Vaccination in Bombay 1902-1912 - 1902-1912
Year: 1902
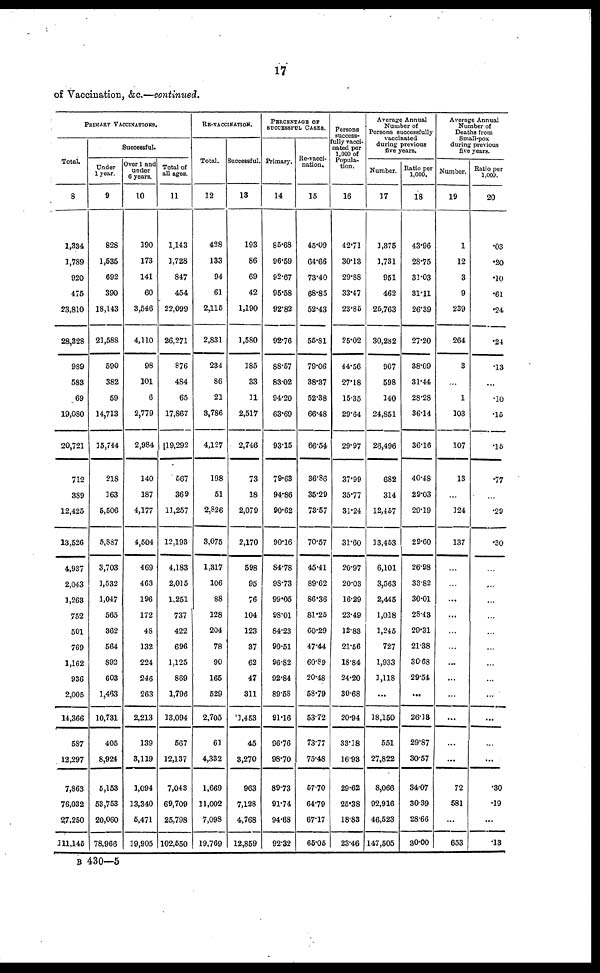
17
of Vaccination, &c.—continued.
PRIMARY VACCINATIONS.
Total.
8
1,334
1,789
920
475
23,810
28,328
989
583
69
19,080
20,721
712
389
12,425
13,526
4,937
2,043
1,263
752
501
769
1,162
936
2,005
14,366
587
12,297
7,863
76,032
27,250
111,145
Successful.
Under
1 year.
9
828
1,535
692
390
18,143
21,588
590
382
59
14,713
15,744
218
163
5,506
5,887
3,703
1,532
1,047
565
362
564
892
603
1,463
10,731
405
8,924
5,153
53,753
20,060
78,966
Over 1 and
under
6 years.
10
190
173
141
60
3,546
4,110
98
101
6
2,779
2,984
140
187
4,177
4,504
469
463
196
172
48
132
224
246
263
2,213
139
3,119
1,094
13,340
5,471
19,905
Total of
all ages.
11
1,143
1,728
847
454
22,099
26,271
876
484
65
17,867
19,292
567
369
11,257
12,193
4,183
2,015
1,251
737
422
696
1,125
869
1,796
13,094
567
12,137
7,043
69,709
25,798
102,550
RE-VACCINATION.
Total.
12
428
133
94
61
2,115
2,831
234
86
21
3,786
4,127
198
51
2,826
3,075
1,317
106
88
128
204
78
90
165
529
2,705
61
4,332
1,669
11,002
7,098
19,769
Successful.
13
193
86
69
42
1,190
1,580
185
33
11
2,517
2,746
73
18
2,079
2,170
598
95
76
104
123
37
62
47
311
1,453
45
3,270
963
7,128
4,768
12,859
PERCENTAGE OF
SUCCESSFUL CASES.
Primary.
14
85.68
96.59
92.67
95.58
92.82
92.76
88.57
83.02
94.20
63.69
93.15
79.63
94.86
90.62
90.16
84.78
98.73
99.05
98.01
84.23
90.51
96.82
92.84
89.58
91.16
96.76
98.70
89.73
91.74
94.68
92.32
Re-vacci¬
nation.
15
45.09
64.66
73.40
68.85
52.43
56.81
79.06
38.37
52.38
66.48
66.54
36.86
35.29
73.57
70.57
45.41
89.62
86.36
81.25
60.29
47.44
60.89
20.48
58.79
53.72
73.77
75.48
57.70
64.79
67.17
65.05
Persons
success-
fully vacci-
nated per
1,000 of
Popula-
tion.
16
42.71
30.13
29.88
33.47
23.85
25.02
44.56
27.18
15.35
29.64
29.97
37.99
35.77
31.24
31.60
20.97
20.03
16.29
23.49
12.83
21.56
18.84
24.20
30.68
20.94
33.18
16.98
29.62
25.38
18.83
23.46
Average Annual
Number of
Persons successfully
vaccinated
during previous
five years.
Number.
17
1,375
1,731
951
462
25,763
30,282
907
598
140
24,851
26,496
682
314
12,457
13,453
6,101
3,563
2,445
1,018
1,245
727
1,933
1,118
...
18,150
551
27,822
8,066
92,916
46,523
147,505
Ratio per
1,000.
18
43.96
28.75
31.03
31.11
26.39
27.20
38.09
31.44
28.28
36.14
36.16
40.48
29.03
29.19
29.60
26.98
33.82
30.01
28.43
29.31
21.38
30.68
29.54
...
26.13
29.87
30.57
34.07
30.39
28.66
30.00
Average Annual
Number of
Deaths from
Small-pox
during previous
five years.
Number.
19
1
12
3
9
239
264
3
...
1
103
107
13
...
124
137
...
...
...
...
...
...
...
...
...
...
...
...
72
581
...
653
Ratio per
1,000.
20
.03
.20
.10
.61
.24
.24
.13
...
.10
.15
.15
.77
...
.29
.30
...
...
...
...
...
...
...
...
...
...
....
...
.30
.19
...
.13
B 430—5